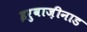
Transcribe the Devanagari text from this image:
इरुवाज़ीनाड